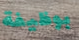
بوظيفة